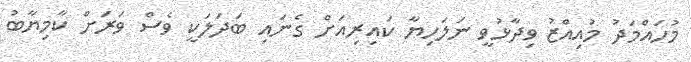
މުހައްމަދު މުއިއްޒު ވިދާޅުވީ ނަލަހިޔާ ކައިރިއަށް ގެނައި ބަދަލަކީ ވެސް ވަރަށް ކާމިޔާބު